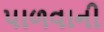
પાળવાની